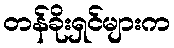
တန်ခိုးရှင်များက